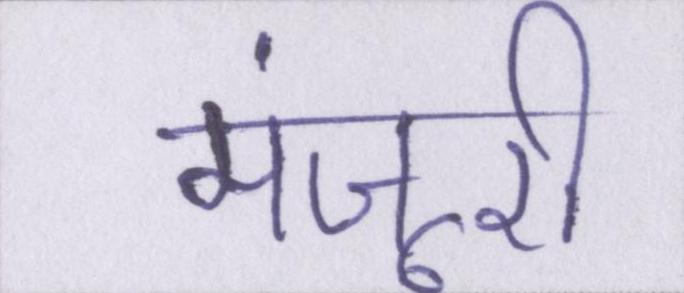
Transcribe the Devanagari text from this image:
मंजूरी